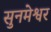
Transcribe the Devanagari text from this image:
सुनमेश्वर